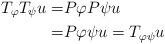
LaTeX: \begin{align*}T_{\varphi}T_{\psi}u=&P\varphi P \psi u\\=&P\varphi \psi u=T_{\varphi \psi}u\end{align*}